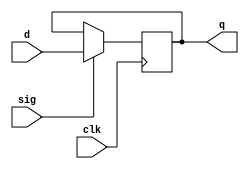
module flopr(clk, sig, d, q);
    parameter width=32;
    input clk;
    input sig;
    input [width-1:0] d;
    output reg [width-1:0] q;
    initial
    begin
        q <= 0;
    end

    always @(negedge clk)
        if (sig==1)
            q <= d;
endmodule